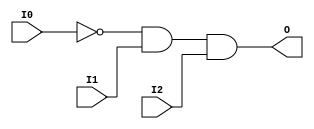
module AND3B1 (O, I0, I1, I2);

    output O;

    input  I0, I1, I2;

    wire i0_inv;

    not N0 (i0_inv, I0);
    and A1 (O, i0_inv, I1, I2);


endmodule